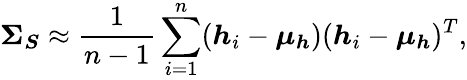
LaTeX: \boldsymbol{\Sigma_{S}}\approx\frac{1}{n-1}\sum_{i=1}^{n}(\boldsymbol{h}_{i}-\boldsymbol{\mu_{h}})(\boldsymbol{h}_{i}-\boldsymbol{\mu_{h}})^{T},